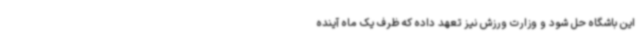
این باشگاه حل شود و وزارت ورزش نیز تعهد داده که ظرف یک ماه آینده